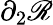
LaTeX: \partial_{2}\mathscr{R}